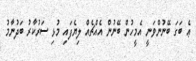
ޢެ ބަގަ ބޭނުންވަނީ އެމީހުން ބޭނުން އެއްޗެއް ލިޔެފައި މުޅި ސަރުކާރު ބަދުނާމު